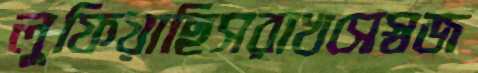
লুফিয়াছিসরাখসেস্বজ